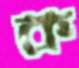
ক